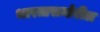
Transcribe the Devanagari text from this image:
भारतासमोरील